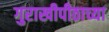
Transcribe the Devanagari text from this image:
गुराखीपीठाच्या